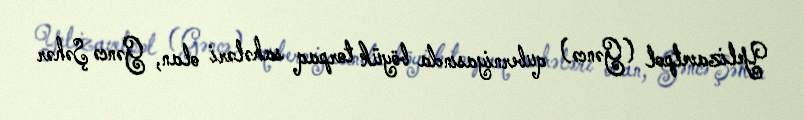
Yelizavetpol (Gəncə) quberniyasında böyük torpaq sahələri olan, Gəncə Şəhər